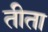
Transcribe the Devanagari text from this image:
तीता